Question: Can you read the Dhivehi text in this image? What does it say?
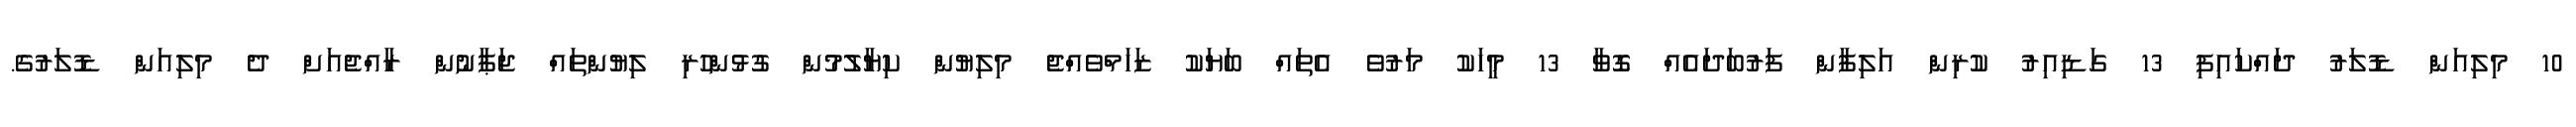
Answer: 10 މިލިއަން ޑޮލަރު ދައްކައިފި 13 ގަޑިއިރު ކުރިން އަލިފާން ފަރުބަދައެއް ގޮވާ 13 މީހަކު މަރުވެ އެތައް ބަޔަކު ޒަހަމްވެއްޖެ މިލިޔުން ކިޔާލުމުން ގުޅުންހުރި ލިޔުންތައް ޖަޕާނުން ރާއްޖެއަށް ދެ މިލިއަން ޑޮލަރުގެ.